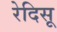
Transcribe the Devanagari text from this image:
रेदिसू